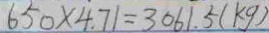
6 5 0 \times 4 . 7 1 = 3 0 6 1 . 5 ( k g )